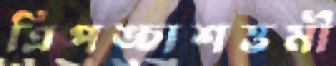
ত্রিপঙ্চাশত্তমী